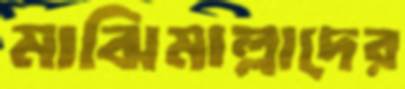
মাঝিমাল্লাদের